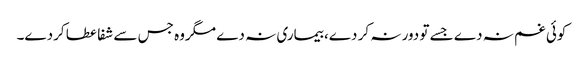
کوئی غم نہ دے جسے تو دور نہ کر دے، بیماری نہ دے مگروہ جس سے شفا عطا کردے۔